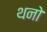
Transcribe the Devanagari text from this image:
थनो